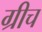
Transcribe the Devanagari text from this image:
ग्रीच